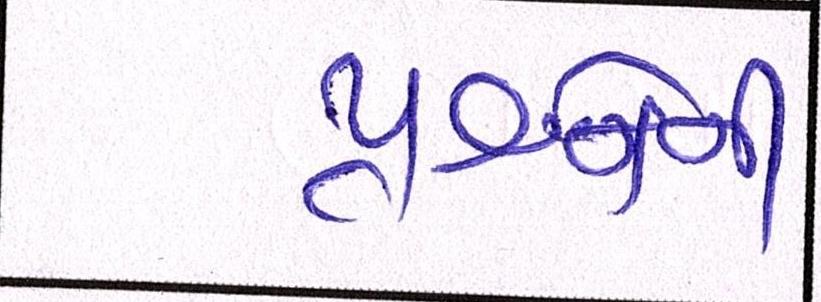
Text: પ્રશ્નોની